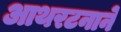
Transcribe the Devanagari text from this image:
आथरटनाने